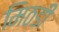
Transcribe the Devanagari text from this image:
मिठडी